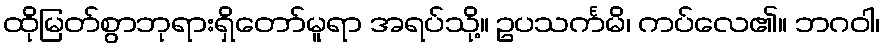
ထိုမြတ်စွာဘုရားရှိတော်မူရာ အရပ်သို့။ ဥပသင်္ကမိ၊ ကပ်လေ၏။ ဘဂဝါ၊